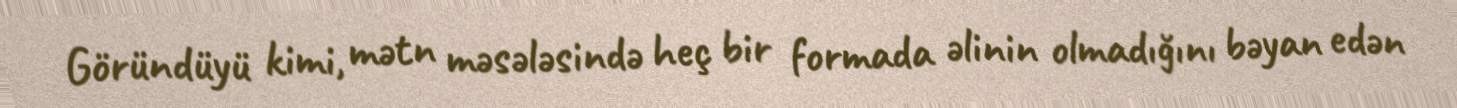
Göründüyü kimi, mətn məsələsində heç bir formada əlinin olmadığını bəyan edən